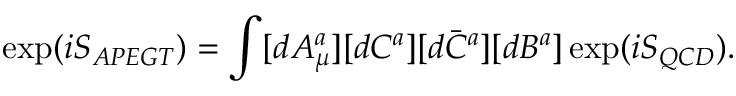
\exp ( i S _ { A P E G T } ) = \int [ d A _ { \mu } ^ { a } ] [ d C ^ { a } ] [ d \bar { C } ^ { a } ] [ d B ^ { a } ] \exp ( i S _ { Q C D } ) .